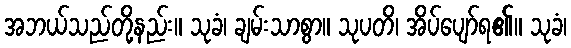
အဘယ်သည်တို့နည်း။ သုခံ၊ ချမ်းသာစွာ။ သုပတိ၊ အိပ်ပျော်ရ၏။ သုခံ၊